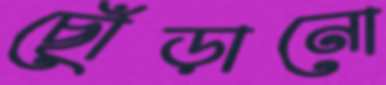
ছোঁড়ানো